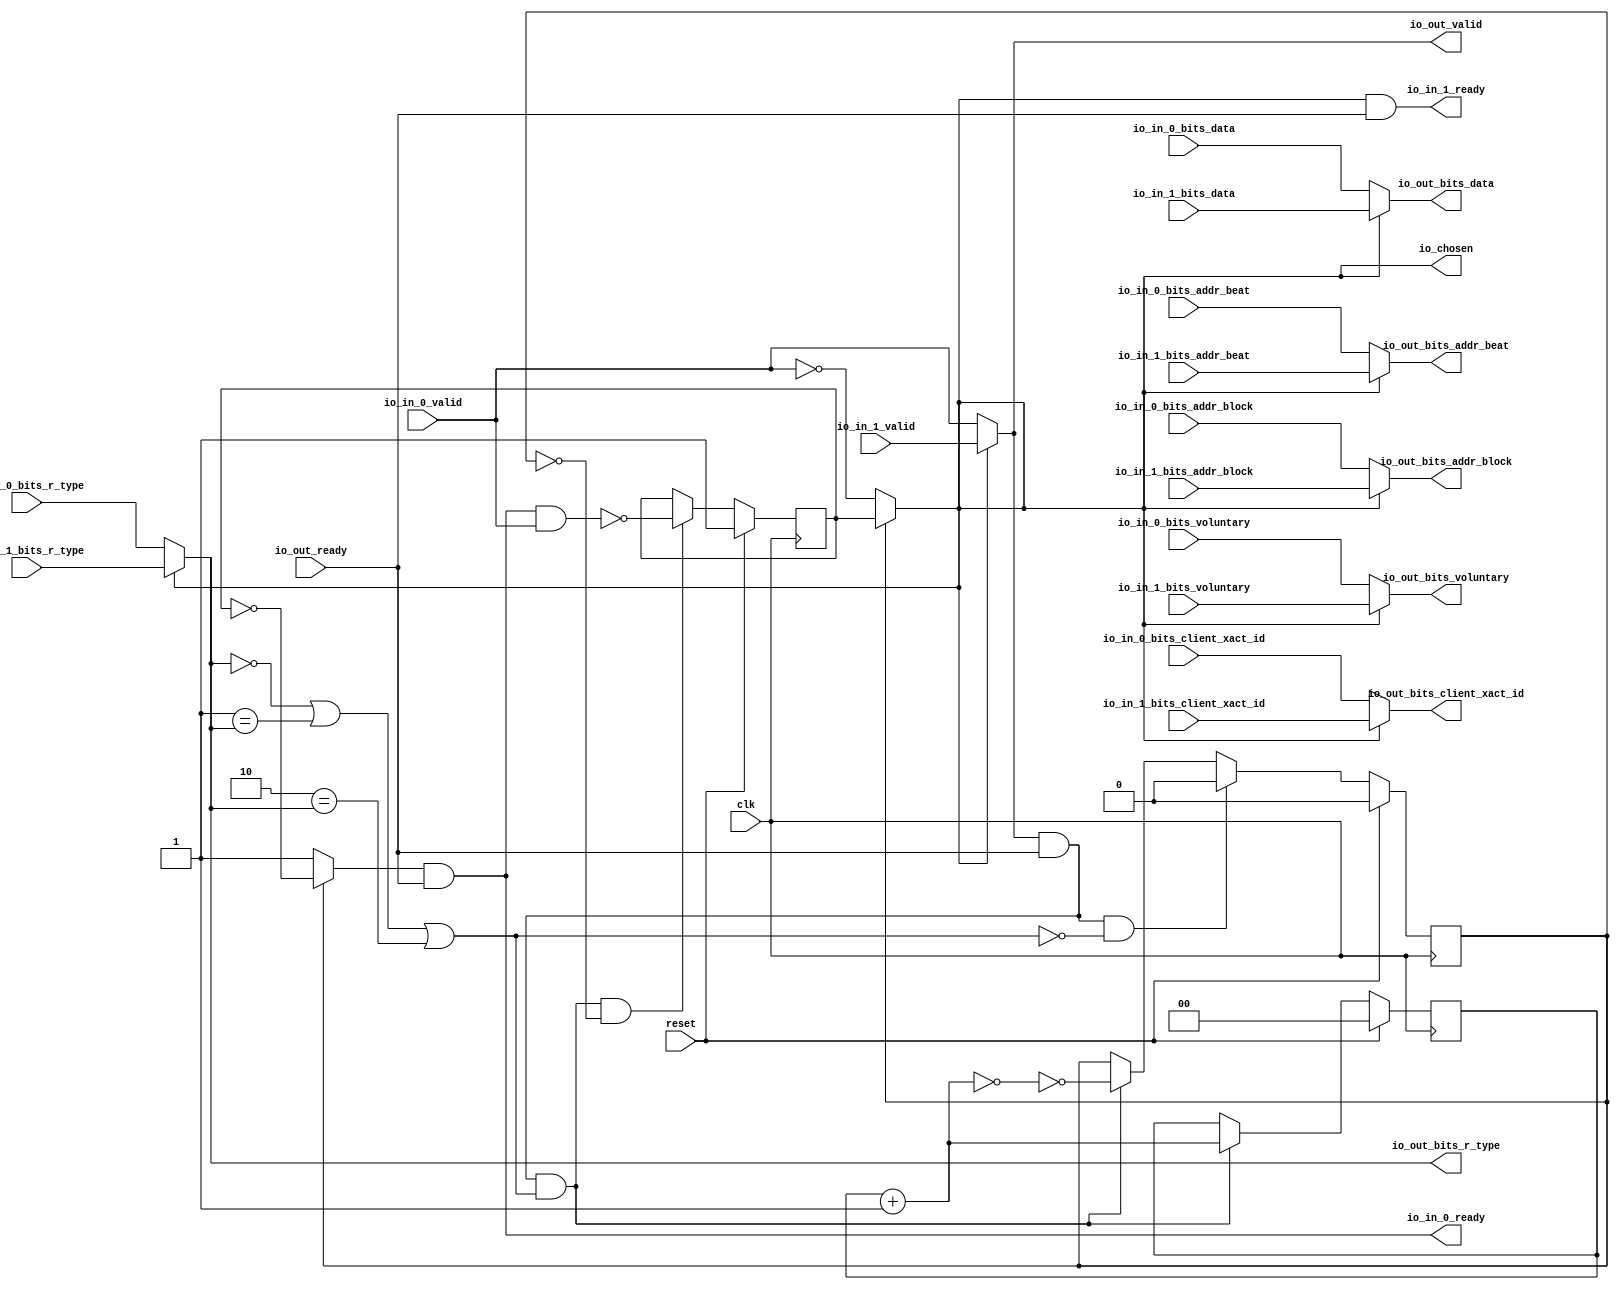
module mprcLockingArbiter_0(input clk, input reset,
    output io_in_1_ready,
    input  io_in_1_valid,
    input [1:0] io_in_1_bits_addr_beat,
    input [25:0] io_in_1_bits_addr_block,
    input [1:0] io_in_1_bits_client_xact_id,
    input  io_in_1_bits_voluntary,
    input [2:0] io_in_1_bits_r_type,
    input [127:0] io_in_1_bits_data,
    output io_in_0_ready,
    input  io_in_0_valid,
    input [1:0] io_in_0_bits_addr_beat,
    input [25:0] io_in_0_bits_addr_block,
    input [1:0] io_in_0_bits_client_xact_id,
    input  io_in_0_bits_voluntary,
    input [2:0] io_in_0_bits_r_type,
    input [127:0] io_in_0_bits_data,
    input  io_out_ready,
    output io_out_valid,
    output[1:0] io_out_bits_addr_beat,
    output[25:0] io_out_bits_addr_block,
    output[1:0] io_out_bits_client_xact_id,
    output io_out_bits_voluntary,
    output[2:0] io_out_bits_r_type,
    output[127:0] io_out_bits_data,
    output io_chosen
);

  wire chosen;
  wire T0;
  wire choose;
  reg  lockIdx;
  wire T37;
  wire T1;
  wire T2;
  wire T3;
  wire T4;
  wire T5;
  wire T6;
  wire T7;
  wire T8;
  wire T9;
  wire T10;
  wire T11;
  wire T12;
  reg  locked;
  wire T38;
  wire T13;
  wire T14;
  wire T15;
  wire T16;
  wire[1:0] T17;
  reg [1:0] R18;
  wire[1:0] T39;
  wire[1:0] T19;
  wire T20;
  wire T21;
  wire[127:0] T22;
  wire T23;
  wire[2:0] T24;
  wire T25;
  wire[1:0] T26;
  wire[25:0] T27;
  wire[1:0] T28;
  wire T29;
  wire T30;
  wire T31;
  wire T32;
  wire T33;
  wire T34;
  wire T35;
  wire T36;

`ifndef SYNTHESIS
// synthesis translate_off
  integer initvar;
  initial begin
    #0.002;
    lockIdx = {1{$random}};
    locked = {1{$random}};
    R18 = {1{$random}};
  end
// synthesis translate_on
`endif

  assign io_chosen = chosen;
  assign chosen = T0;
  assign T0 = locked ? lockIdx : choose;
  assign choose = io_in_0_valid == 1'h0;
  assign T37 = reset ? 1'h1 : T1;
  assign T1 = T4 ? T2 : lockIdx;
  assign T2 = T3 == 1'h0;
  assign T3 = io_in_0_ready & io_in_0_valid;
  assign T4 = T6 & T5;
  assign T5 = locked ^ 1'h1;
  assign T6 = T12 & T7;
  assign T7 = T9 | T8;
  assign T8 = 3'h2 == io_out_bits_r_type;
  assign T9 = T11 | T10;
  assign T10 = 3'h1 == io_out_bits_r_type;
  assign T11 = 3'h0 == io_out_bits_r_type;
  assign T12 = io_out_valid & io_out_ready;
  assign T38 = reset ? 1'h0 : T13;
  assign T13 = T20 ? 1'h0 : T14;
  assign T14 = T6 ? T15 : locked;
  assign T15 = T16 ^ 1'h1;
  assign T16 = T17 == 2'h0;
  assign T17 = R18 + 2'h1;
  assign T39 = reset ? 2'h0 : T19;
  assign T19 = T6 ? T17 : R18;
  assign T20 = T12 & T21;
  assign T21 = T7 ^ 1'h1;
  assign io_out_bits_data = T22;
  assign T22 = T23 ? io_in_1_bits_data : io_in_0_bits_data;
  assign T23 = chosen;
  assign io_out_bits_r_type = T24;
  assign T24 = T23 ? io_in_1_bits_r_type : io_in_0_bits_r_type;
  assign io_out_bits_voluntary = T25;
  assign T25 = T23 ? io_in_1_bits_voluntary : io_in_0_bits_voluntary;
  assign io_out_bits_client_xact_id = T26;
  assign T26 = T23 ? io_in_1_bits_client_xact_id : io_in_0_bits_client_xact_id;
  assign io_out_bits_addr_block = T27;
  assign T27 = T23 ? io_in_1_bits_addr_block : io_in_0_bits_addr_block;
  assign io_out_bits_addr_beat = T28;
  assign T28 = T23 ? io_in_1_bits_addr_beat : io_in_0_bits_addr_beat;
  assign io_out_valid = T29;
  assign T29 = T23 ? io_in_1_valid : io_in_0_valid;
  assign io_in_0_ready = T30;
  assign T30 = T31 & io_out_ready;
  assign T31 = locked ? T32 : 1'h1;
  assign T32 = lockIdx == 1'h0;
  assign io_in_1_ready = T33;
  assign T33 = T34 & io_out_ready;
  assign T34 = locked ? T36 : T35;
  assign T35 = io_in_0_valid ^ 1'h1;
  assign T36 = lockIdx == 1'h1;

  always @(posedge clk) begin
    if(reset) begin
      lockIdx <= 1'h1;
    end else if(T4) begin
      lockIdx <= T2;
    end
    if(reset) begin
      locked <= 1'h0;
    end else if(T20) begin
      locked <= 1'h0;
    end else if(T6) begin
      locked <= T15;
    end
    if(reset) begin
      R18 <= 2'h0;
    end else if(T6) begin
      R18 <= T17;
    end
  end
endmodule
module mprcLockingArbiter_1(input clk, input reset,
    output io_in_2_ready,
    input  io_in_2_valid,
    input [25:0] io_in_2_bits_addr_block,
    input [1:0] io_in_2_bits_client_xact_id,
    input [1:0] io_in_2_bits_addr_beat,
    input  io_in_2_bits_is_builtin_type,
    input [2:0] io_in_2_bits_a_type,
    input [16:0] io_in_2_bits_union,
    input [127:0] io_in_2_bits_data,
    output io_in_1_ready,
    input  io_in_1_valid,
    input [25:0] io_in_1_bits_addr_block,
    input [1:0] io_in_1_bits_client_xact_id,
    input [1:0] io_in_1_bits_addr_beat,
    input  io_in_1_bits_is_builtin_type,
    input [2:0] io_in_1_bits_a_type,
    input [16:0] io_in_1_bits_union,
    input [127:0] io_in_1_bits_data,
    output io_in_0_ready,
    input  io_in_0_valid,
    input [25:0] io_in_0_bits_addr_block,
    input [1:0] io_in_0_bits_client_xact_id,
    input [1:0] io_in_0_bits_addr_beat,
    input  io_in_0_bits_is_builtin_type,
    input [2:0] io_in_0_bits_a_type,
    input [16:0] io_in_0_bits_union,
    input [127:0] io_in_0_bits_data,
    input  io_out_ready,
    output io_out_valid,
    output[25:0] io_out_bits_addr_block,
    output[1:0] io_out_bits_client_xact_id,
    output[1:0] io_out_bits_addr_beat,
    output io_out_bits_is_builtin_type,
    output[2:0] io_out_bits_a_type,
    output[16:0] io_out_bits_union,
    output[127:0] io_out_bits_data,
    output[1:0] io_chosen
);

  wire[1:0] chosen;
  wire[1:0] T0;
  wire[1:0] choose;
  wire[1:0] T1;
  reg [1:0] lockIdx;
  wire[1:0] T67;
  wire[1:0] T2;
  wire[1:0] T3;
  wire[1:0] T4;
  wire T5;
  wire T6;
  wire T7;
  wire T8;
  wire T9;
  wire T10;
  wire T11;
  wire T12;
  reg  locked;
  wire T68;
  wire T13;
  wire T14;
  wire T15;
  wire T16;
  wire[1:0] T17;
  reg [1:0] R18;
  wire[1:0] T69;
  wire[1:0] T19;
  wire T20;
  wire T21;
  wire[127:0] T22;
  wire[127:0] T23;
  wire T24;
  wire[1:0] T25;
  wire T26;
  wire[16:0] T27;
  wire[16:0] T28;
  wire T29;
  wire T30;
  wire[2:0] T31;
  wire[2:0] T32;
  wire T33;
  wire T34;
  wire T35;
  wire T36;
  wire T37;
  wire T38;
  wire[1:0] T39;
  wire[1:0] T40;
  wire T41;
  wire T42;
  wire[1:0] T43;
  wire[1:0] T44;
  wire T45;
  wire T46;
  wire[25:0] T47;
  wire[25:0] T48;
  wire T49;
  wire T50;
  wire T51;
  wire T52;
  wire T53;
  wire T54;
  wire T55;
  wire T56;
  wire T57;
  wire T58;
  wire T59;
  wire T60;
  wire T61;
  wire T62;
  wire T63;
  wire T64;
  wire T65;
  wire T66;

`ifndef SYNTHESIS
// synthesis translate_off
  integer initvar;
  initial begin
    #0.002;
    lockIdx = {1{$random}};
    locked = {1{$random}};
    R18 = {1{$random}};
  end
// synthesis translate_on
`endif

  assign io_chosen = chosen;
  assign chosen = T0;
  assign T0 = locked ? lockIdx : choose;
  assign choose = io_in_0_valid ? 2'h0 : T1;
  assign T1 = io_in_1_valid ? 2'h1 : 2'h2;
  assign T67 = reset ? 2'h2 : T2;
  assign T2 = T7 ? T3 : lockIdx;
  assign T3 = T6 ? 2'h0 : T4;
  assign T4 = T5 ? 2'h1 : 2'h2;
  assign T5 = io_in_1_ready & io_in_1_valid;
  assign T6 = io_in_0_ready & io_in_0_valid;
  assign T7 = T9 & T8;
  assign T8 = locked ^ 1'h1;
  assign T9 = T12 & T10;
  assign T10 = io_out_bits_is_builtin_type & T11;
  assign T11 = 3'h3 == io_out_bits_a_type;
  assign T12 = io_out_valid & io_out_ready;
  assign T68 = reset ? 1'h0 : T13;
  assign T13 = T20 ? 1'h0 : T14;
  assign T14 = T9 ? T15 : locked;
  assign T15 = T16 ^ 1'h1;
  assign T16 = T17 == 2'h0;
  assign T17 = R18 + 2'h1;
  assign T69 = reset ? 2'h0 : T19;
  assign T19 = T9 ? T17 : R18;
  assign T20 = T12 & T21;
  assign T21 = T10 ^ 1'h1;
  assign io_out_bits_data = T22;
  assign T22 = T26 ? io_in_2_bits_data : T23;
  assign T23 = T24 ? io_in_1_bits_data : io_in_0_bits_data;
  assign T24 = T25[1'h0];
  assign T25 = chosen;
  assign T26 = T25[1'h1];
  assign io_out_bits_union = T27;
  assign T27 = T30 ? io_in_2_bits_union : T28;
  assign T28 = T29 ? io_in_1_bits_union : io_in_0_bits_union;
  assign T29 = T25[1'h0];
  assign T30 = T25[1'h1];
  assign io_out_bits_a_type = T31;
  assign T31 = T34 ? io_in_2_bits_a_type : T32;
  assign T32 = T33 ? io_in_1_bits_a_type : io_in_0_bits_a_type;
  assign T33 = T25[1'h0];
  assign T34 = T25[1'h1];
  assign io_out_bits_is_builtin_type = T35;
  assign T35 = T38 ? io_in_2_bits_is_builtin_type : T36;
  assign T36 = T37 ? io_in_1_bits_is_builtin_type : io_in_0_bits_is_builtin_type;
  assign T37 = T25[1'h0];
  assign T38 = T25[1'h1];
  assign io_out_bits_addr_beat = T39;
  assign T39 = T42 ? io_in_2_bits_addr_beat : T40;
  assign T40 = T41 ? io_in_1_bits_addr_beat : io_in_0_bits_addr_beat;
  assign T41 = T25[1'h0];
  assign T42 = T25[1'h1];
  assign io_out_bits_client_xact_id = T43;
  assign T43 = T46 ? io_in_2_bits_client_xact_id : T44;
  assign T44 = T45 ? io_in_1_bits_client_xact_id : io_in_0_bits_client_xact_id;
  assign T45 = T25[1'h0];
  assign T46 = T25[1'h1];
  assign io_out_bits_addr_block = T47;
  assign T47 = T50 ? io_in_2_bits_addr_block : T48;
  assign T48 = T49 ? io_in_1_bits_addr_block : io_in_0_bits_addr_block;
  assign T49 = T25[1'h0];
  assign T50 = T25[1'h1];
  assign io_out_valid = T51;
  assign T51 = T54 ? io_in_2_valid : T52;
  assign T52 = T53 ? io_in_1_valid : io_in_0_valid;
  assign T53 = T25[1'h0];
  assign T54 = T25[1'h1];
  assign io_in_0_ready = T55;
  assign T55 = T56 & io_out_ready;
  assign T56 = locked ? T57 : 1'h1;
  assign T57 = lockIdx == 2'h0;
  assign io_in_1_ready = T58;
  assign T58 = T59 & io_out_ready;
  assign T59 = locked ? T61 : T60;
  assign T60 = io_in_0_valid ^ 1'h1;
  assign T61 = lockIdx == 2'h1;
  assign io_in_2_ready = T62;
  assign T62 = T63 & io_out_ready;
  assign T63 = locked ? T66 : T64;
  assign T64 = T65 ^ 1'h1;
  assign T65 = io_in_0_valid | io_in_1_valid;
  assign T66 = lockIdx == 2'h2;

  always @(posedge clk) begin
    if(reset) begin
      lockIdx <= 2'h2;
    end else if(T7) begin
      lockIdx <= T3;
    end
    if(reset) begin
      locked <= 1'h0;
    end else if(T20) begin
      locked <= 1'h0;
    end else if(T9) begin
      locked <= T15;
    end
    if(reset) begin
      R18 <= 2'h0;
    end else if(T9) begin
      R18 <= T17;
    end
  end
endmodule